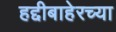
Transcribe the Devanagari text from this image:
हद्दीबाहेरच्या